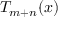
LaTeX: T _ { m + n } ( x )